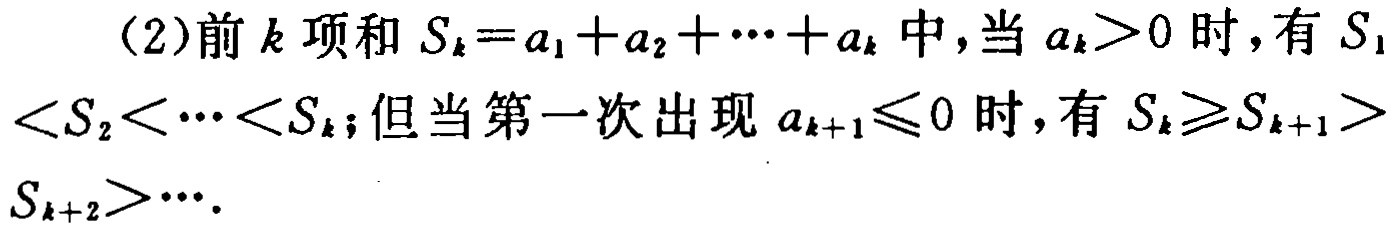
(2)前\(k\)项和\(S_{k}=a_{1}+a_{2}+\cdots +a_{k}\)中,当\(a_{k}>0\)时,有\(S_{1}<S_{2}<\cdots <S_{k}\);但当第一次出现\(a_{k + 1}\leqslant0\)时,有\(S_{k}\geqslant S_{k + 1}>S_{k + 2}>\cdots\).